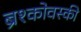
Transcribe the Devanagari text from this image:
ब्रश्कोवस्की